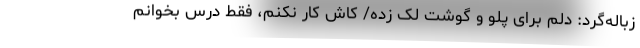
زباله‌گرد: دلم برای پلو و گوشت لک زده/ کاش کار نکنم، فقط درس بخوانم